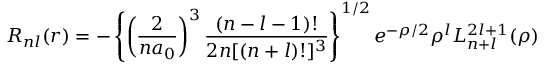
R _ { n l } ( r ) = - \left\{ \left( \frac { 2 } { n a _ { 0 } } \right) ^ { 3 } \frac { ( n - l - 1 ) ! } { 2 n [ ( n + l ) ! ] ^ { 3 } } \right\} ^ { 1 / 2 } e ^ { - \rho / 2 } \rho ^ { l } L _ { n + l } ^ { 2 l + 1 } ( \rho )